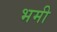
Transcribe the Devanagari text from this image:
भमी